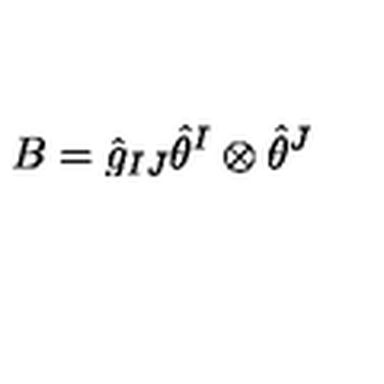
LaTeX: B = \hat { g } _ { I J } \hat { \theta } ^ { I } \otimes \hat { \theta } ^ { J }